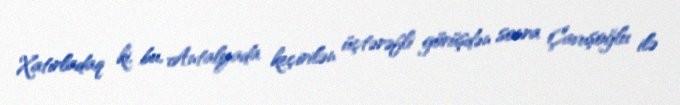
Xatırladaq ki, bu, Antalyada keçirilən üçtərəfli görüşdən sonra Çavuşoğlu ilə